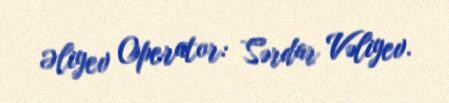
Əliyev Operator: Sərdar Vəliyev.